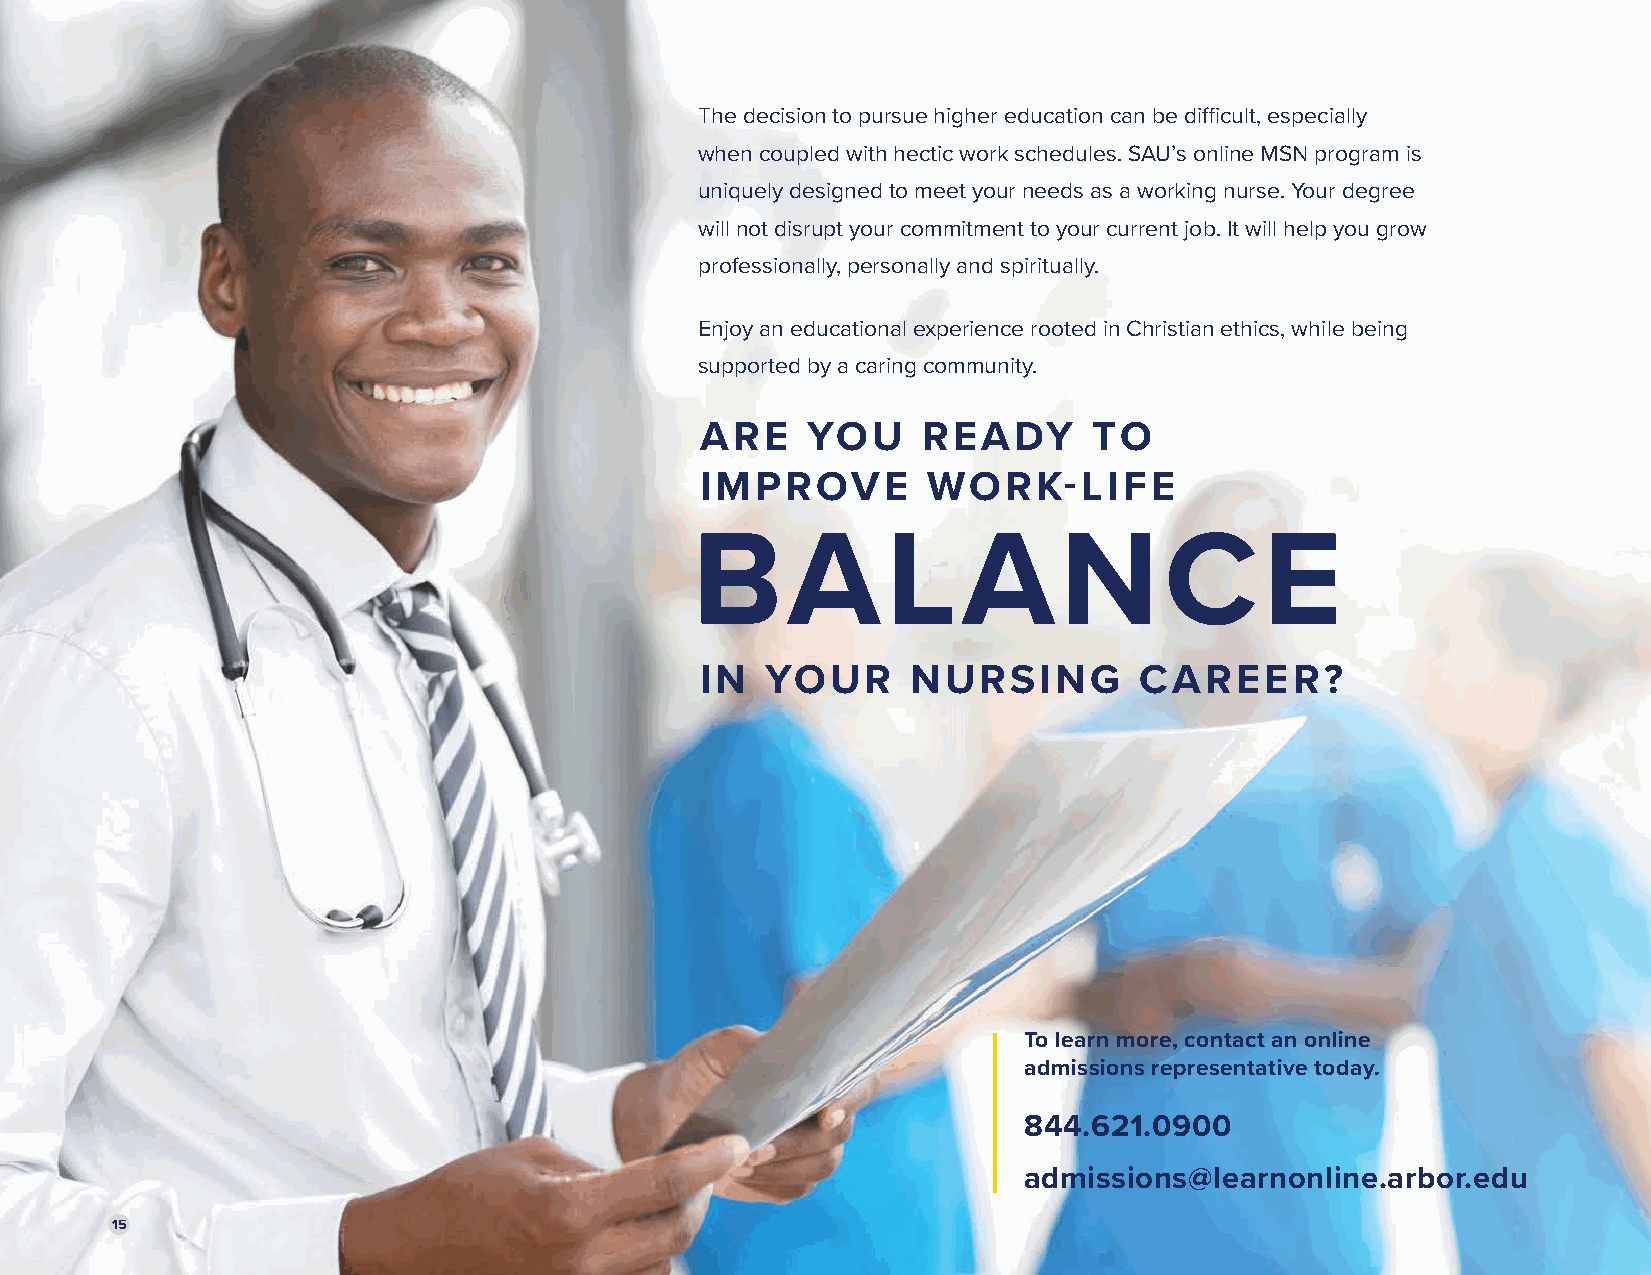
The decision to pursue higher education can be difficult, especially
 when coupled with hectic work schedules. SAU’s online MSN program is
 uniquely designed to meet your needs as a working nurse. Your degree
 will not disrupt your commitment to your current job. It will help you grow
 professionally, personally and spiritually.
 Enjoy an educational experience rooted in Christian ethics, while being
 supported by a caring community.
 ARE    YOU     READY      TO
 IMPROVE        WORK-LIFE
 BALANCE
 IN   YOUR     NURSING        CAREER?
 To learn more, contact an online
 admissions representative today.
 844.621.0900
 admissions@learnonline.arbor.edu
 1155